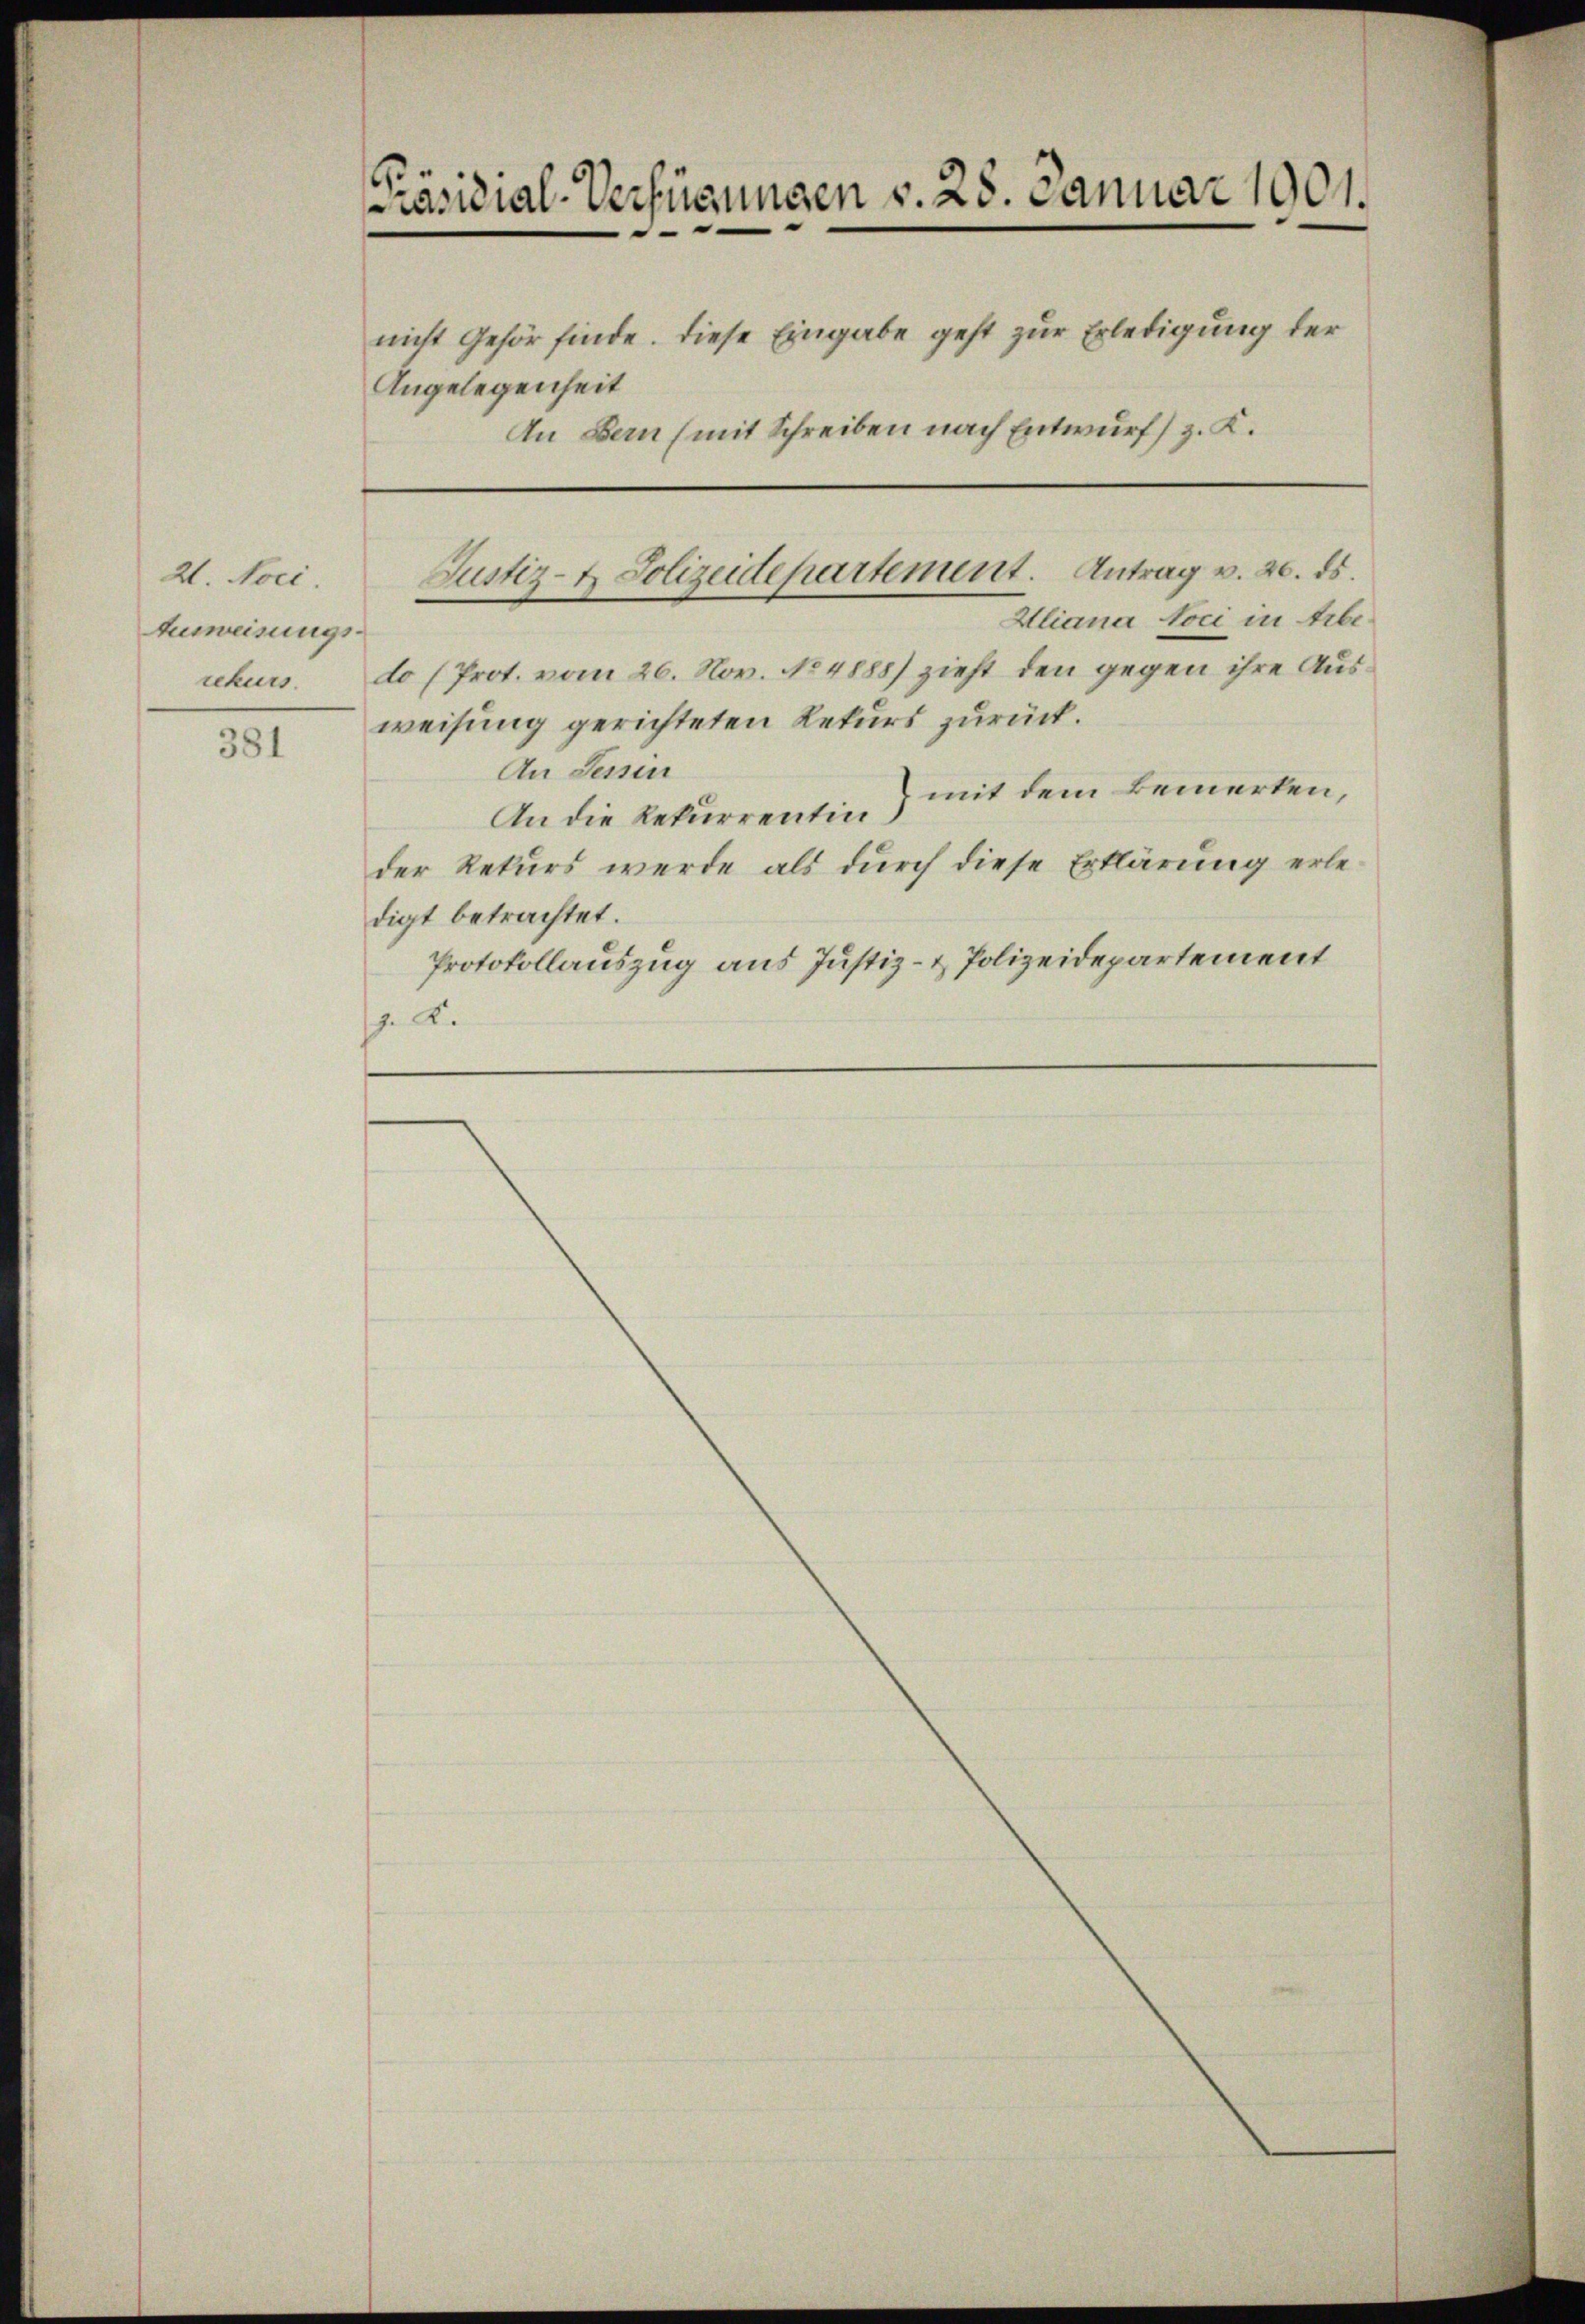
21. Noci.
Ausweisungsrekurs.

381

Präsidial-Verfügungen v. 28. Januar 1901.
nicht gehör finde. Diese Eingabe geht zur Erledigung der
Angelegenheit
An Bern (mit Schreiben nach Entwurf) z. K.

Aliana loci in Arbe
do (Prot. vom 26. Nov. No 4888) zieht den gegen ihre Ausweisung gerichteten Rekurs zurück.
An Sessen
mit dem Bemerken,
An die Rekurrentin
der Rekurs werde als durch diese Erklärung erledigt betrachtet.
Protokollauszug aus Justiz- & Polizeidepartement
J. K.

Justiz- & Polizeidepartement. Antrag v. 20. ds.